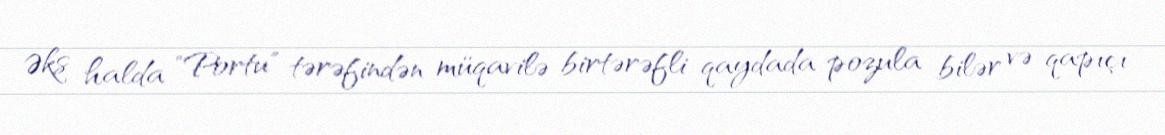
Əks halda "Portu" tərəfindən müqavilə birtərəfli qaydada pozula bilər və qapıçı